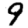
Digit: 9